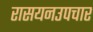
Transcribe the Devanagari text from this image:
रासयनउपचार